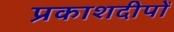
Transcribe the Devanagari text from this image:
प्रकाशदीपों